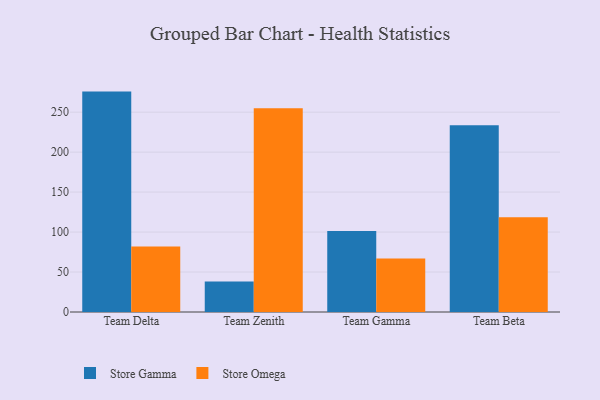
{"axis": {"x": "Team", "y": "Conversion Rate (%)"}, "legend": ["Store Gamma", "Store Omega"], "data": [{"x": "Team Delta", "y": 275.7, "type": "Store Gamma"}, {"x": "Team Delta", "y": 82.0, "type": "Store Omega"}, {"x": "Team Zenith", "y": 38.2, "type": "Store Gamma"}, {"x": "Team Zenith", "y": 254.8, "type": "Store Omega"}, {"x": "Team Gamma", "y": 101.2, "type": "Store Gamma"}, {"x": "Team Gamma", "y": 66.8, "type": "Store Omega"}, {"x": "Team Beta", "y": 233.7, "type": "Store Gamma"}, {"x": "Team Beta", "y": 118.5, "type": "Store Omega"}]}